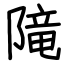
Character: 𨻫